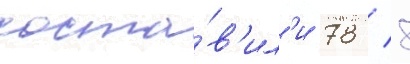
соста́в'ил'и 78 / 8